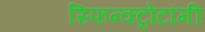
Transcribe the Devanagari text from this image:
स्फिन्क्ट्रोटॉमी